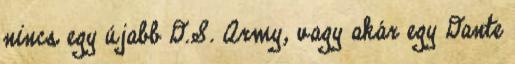
nincs egy újabb D.S. Army, vagy akár egy Dante